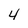
Character: 4